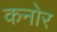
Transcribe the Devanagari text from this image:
कनोर